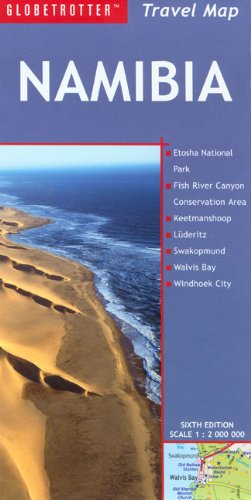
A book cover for Namibia Travel Map (Globetrotter Travel Map); Globetrotter; Travel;